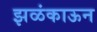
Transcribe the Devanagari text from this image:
झळंकाऊन